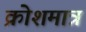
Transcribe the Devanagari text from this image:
क्रोशमात्रं